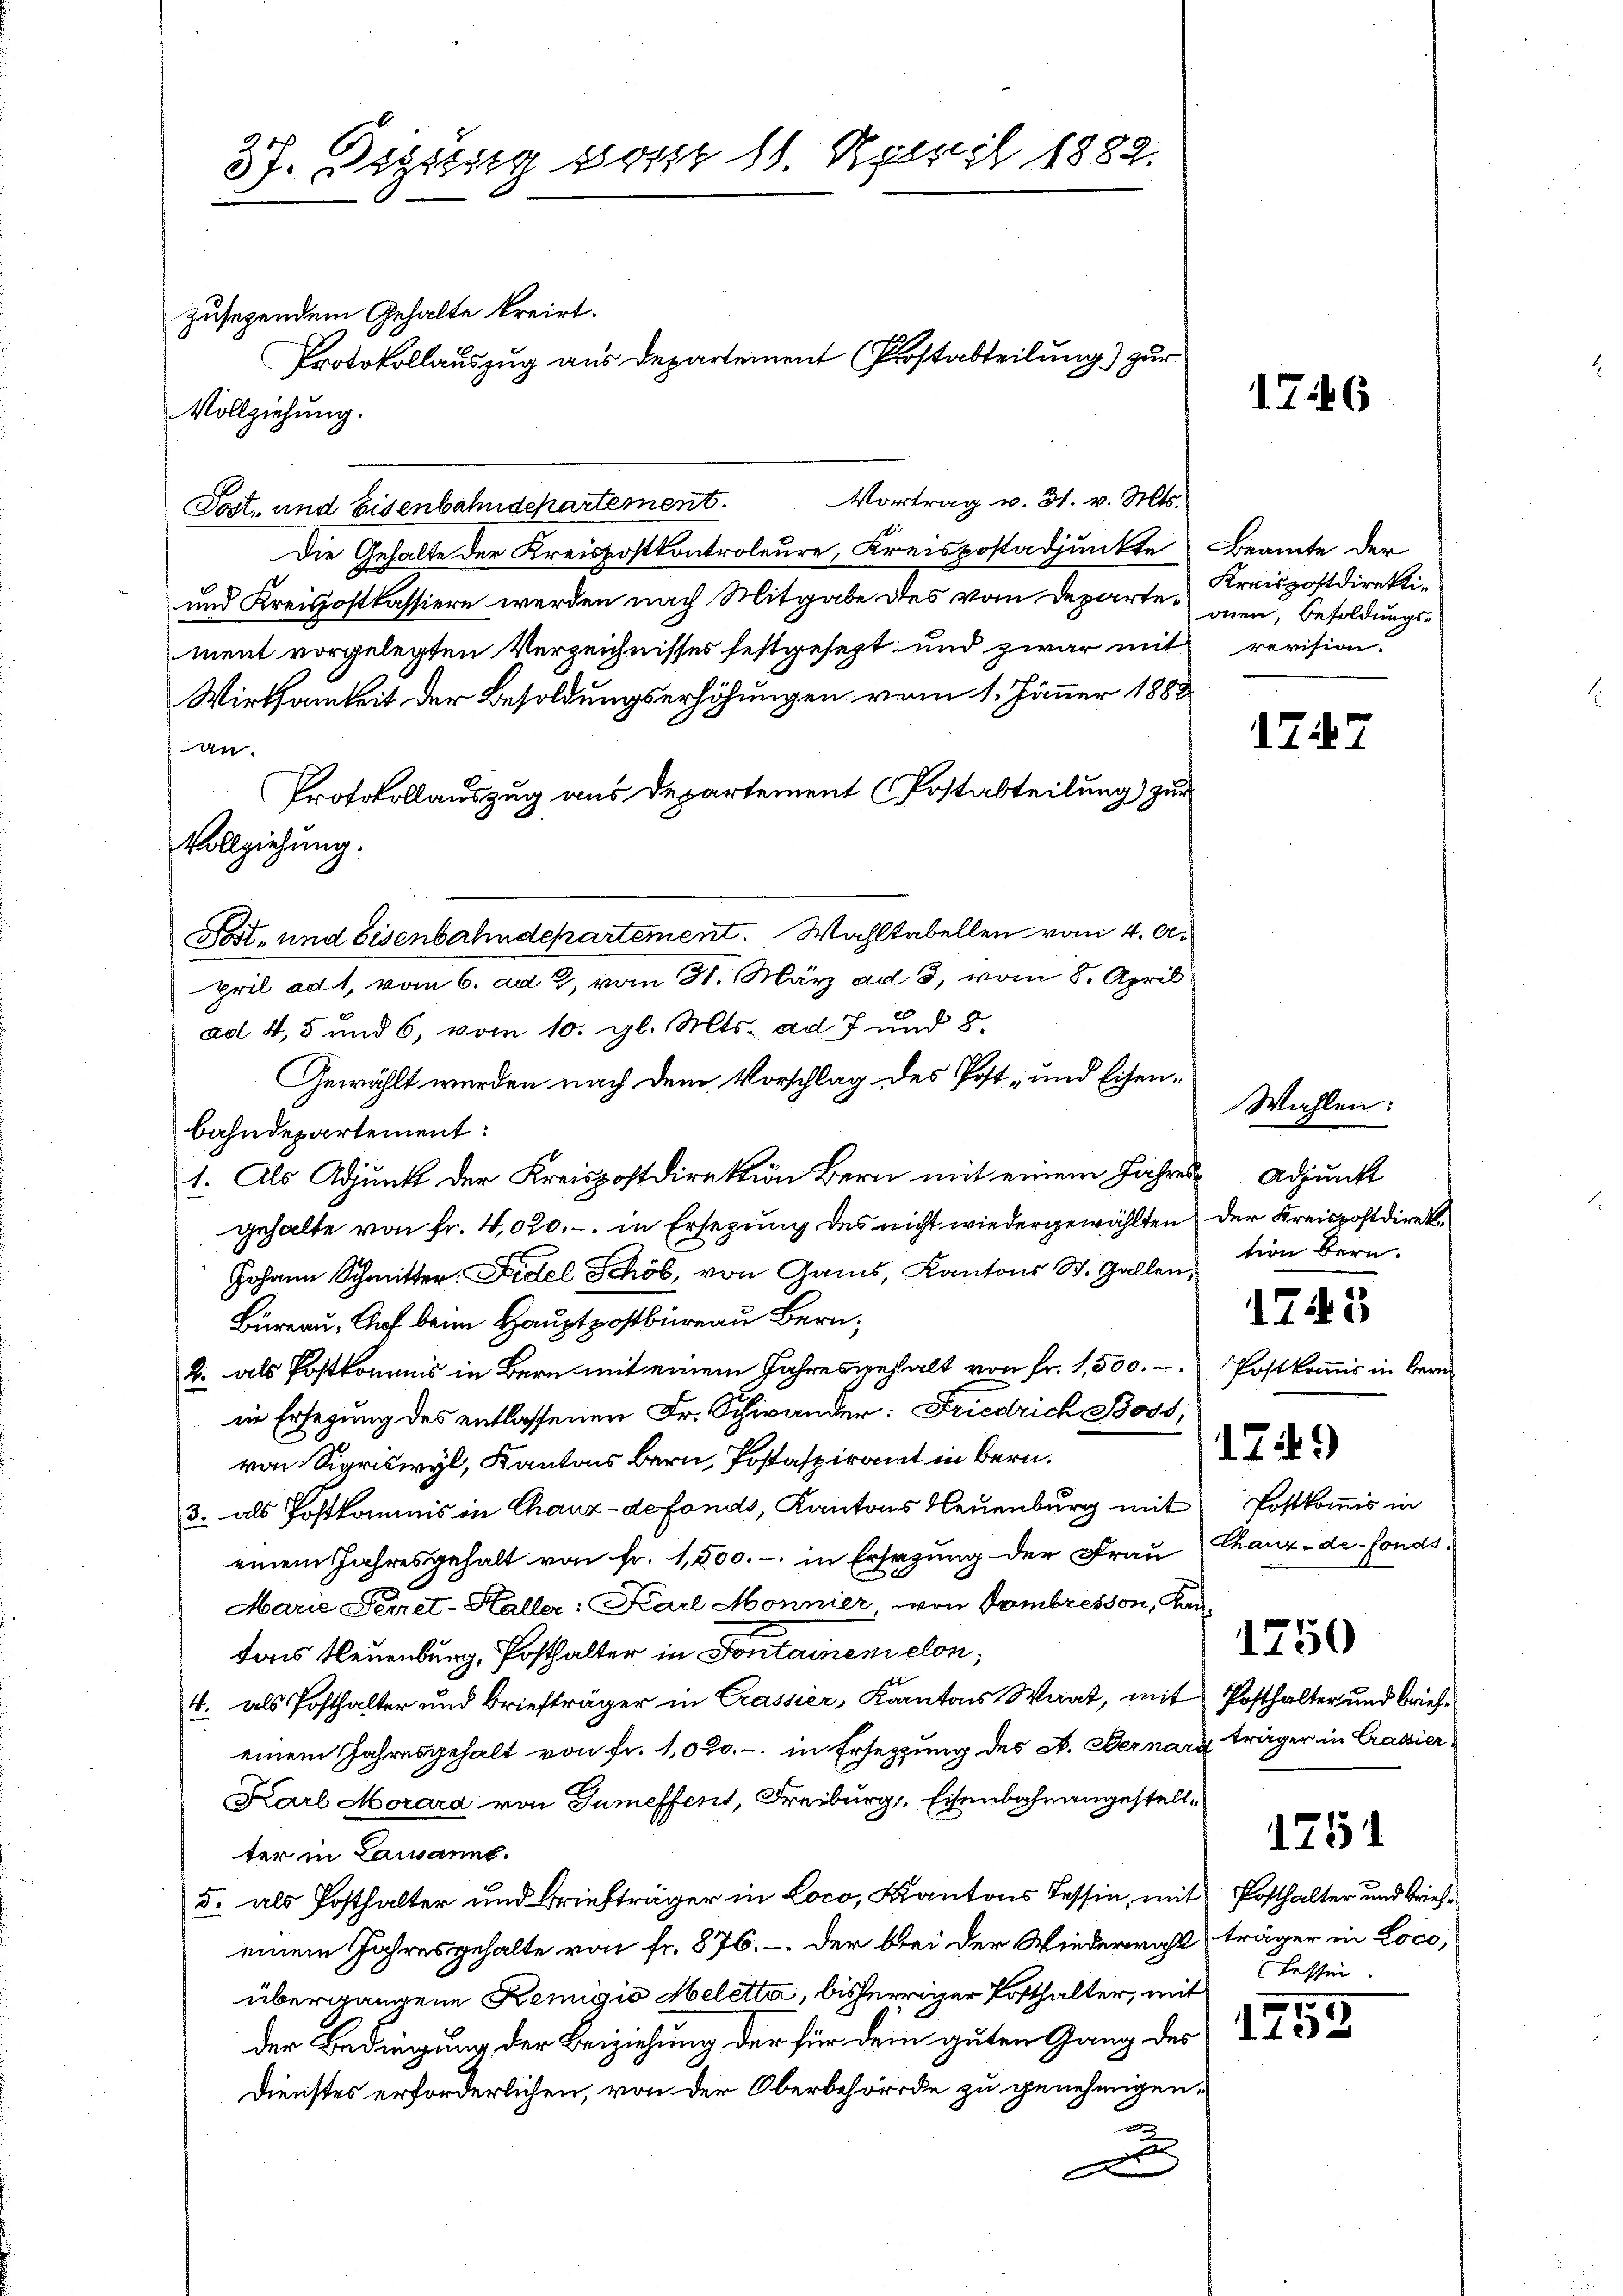
Vollziehung.

37. Digung vom 11. April 1882.

zusetzendem Gehalte kreirt.
Protokollauszug aus Departement (Prostabteilung) zur
Vollziehung.
Vortrag v. 31. v. Mts.
Tost- und Eisenbahndepartement.
Die Gehalte der Kreispostkontroleure, Kreispostadjunkte Beamte der
und Kreisostkassiere werden nach Mitgabe des vom Departement vorgelegten Verzeichnisses festgesezt; und zwar mit revision.
Wirksamkeit der Besoldungserhöhungen vom 1. Jänner 1888
an
Protokollauszug aus Departement (Postabteilung) zur
Fost- und Eisenbahndepartement. Wahltabellen vom 4. A.
pril ad 1, vom 6. ad 2, vom 31. März ad 3, vom 8. April
ad 4, 5 und 6, vom 10. gl. Mts. ad 7 und 8.
Gewählt werden nach dem Vorschlag des Post- und Eisenbahndepartement:
1. Als Adjunkt der Kreispostdirektion Bern mit einem Jahres Adjunkt
gehalte von fr. 4,020.- in Ersezung des nicht wiedergewählten der Kreispostdirek
Johann Schmitter. Fidel Schöb, von Gams, Kantons St. Gallention Bern.
Büreau, Auf beim Hauptpostbüreau Bern,
2. als Postkommnis in Bern mit einem Jahresgehalt von fr. 1,500. Postkomis in ber
in Erlegung des entlassenen Fr. Schwander: Friedrich Boss,
von Sigriswyl, Kantons Bern, Postaspirant in Bern.
3. als Postkommis in Chauz-defonds, Kantons Neuenburg mit
einem Jahresgehalt von fr. 1,500.- in Ersatzung der Frau Chanz-de-Fonds
Marie Perret-Haller: Karl Monnier, von Hombresson, Kantons Neuenburg, Posthalter in Fontanenselon,
4. als Posthalter und Briefträger in Crassier, Kantons Waat, mit Posthalter und Briefeinem Jahresgehalt von fr. 1,000.- in Ersetzung des A. Bernard träger in Crassier
Karl Morard von Gumeffent, Freiburg, Eisenbahrengestellter in Lausanne.
d. als Posthalter und Briefträger in Loco, Kantons Tessin, mit
einem Jahresgehalte von fr. 876. . der bei der Wiederwahl träger in Loco,
übergangene Remigio Meletta, bisherriger Potthalter, mit
der Bedingung der Beiziehung der für dem guten Gang des
Dienstes erforderlichen, von der Oberbehörde zu genehmigen.
e
e
x

Kreispostdirektidien, Besoldungs-

Wahlen:

1746

1747

1745

Postkommis in

1750

1751

Posthalter und Briefe
Fessen.

1755